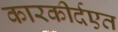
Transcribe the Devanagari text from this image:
कारकीर्दएत